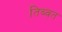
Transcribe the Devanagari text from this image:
तिब्वत